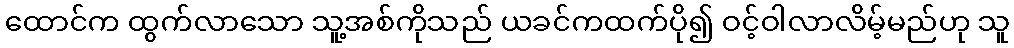
ထောင်က ထွက်လာသော သူ့အစ်ကိုသည် ယခင်ကထက်ပို၍ ဝင့်ဝါလာလိမ့်မည်ဟု သူ